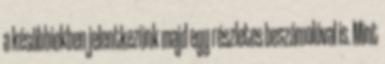
a későbbiekben jelentkezünk majd egy részletes beszámolóval is. Mint